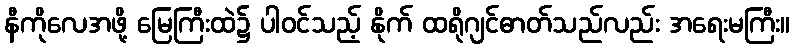
နီကိုလေအဖို့ မြေကြီးထဲ၌ ပါဝင်သည့် နိုက် ထရိုဂျင်ဓာတ်သည်လည်း အရေးမကြီး။